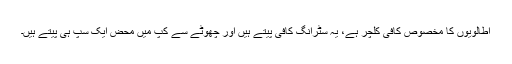
اطالویوں کا مخصوص کافی کلچر ہے، یہ سٹرانگ کافی پیتے ہیں اور چھوٹے سے کپ میں محض ایک سپ ہی پیتے ہیں۔